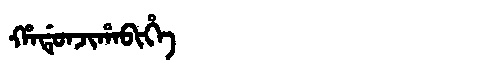
Manchu: ᡥᠠᡩᡠᠨᠵᡳᡥᠠᠪᡳᡥᡝ
Romanization: HADUNJIHABIHE